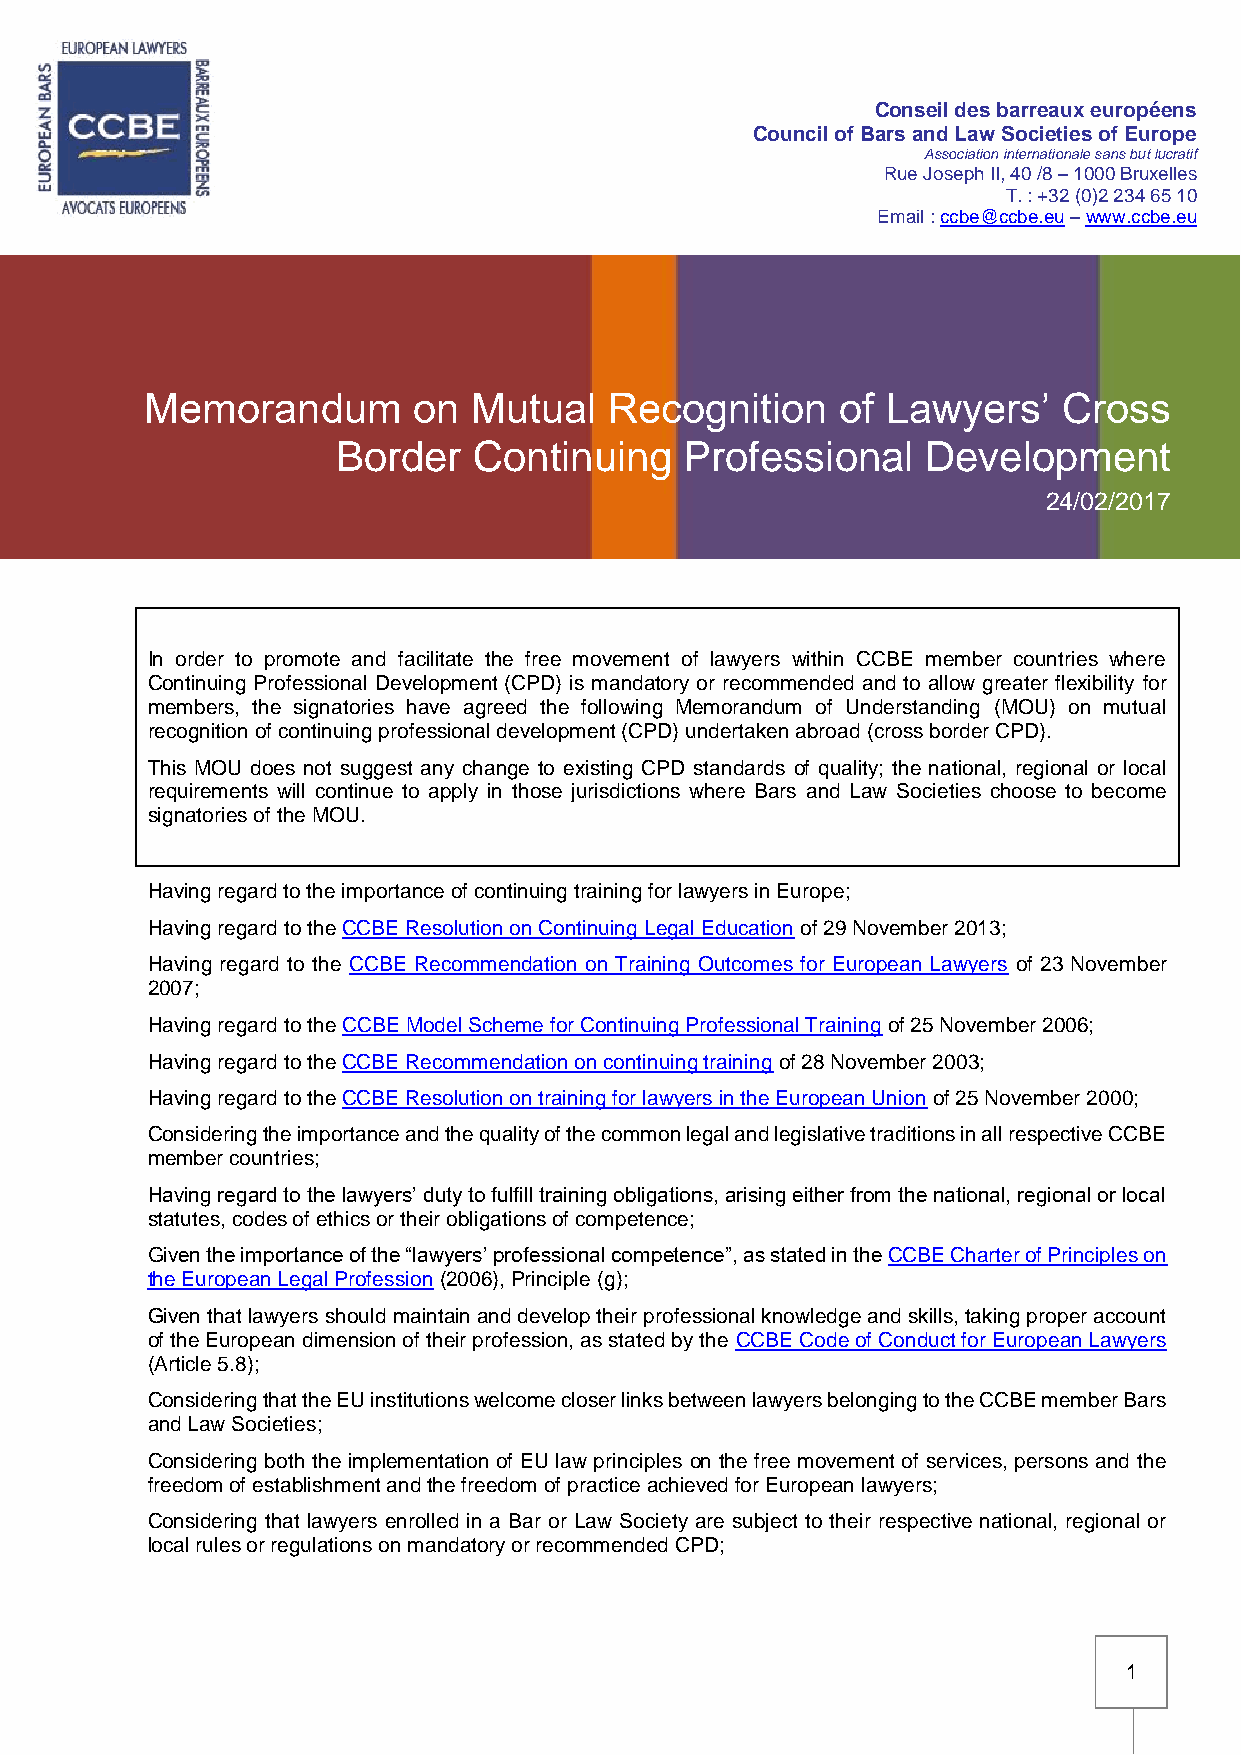
Conseil des barreaux européens
 Council of Bars and Law Societies of Europe
 Association internationale sans but lucratif
 Rue Joseph II, 40 /8 – 1000 Bruxelles
 T. : +32 (0)2 234 65 10
 Email : ccbe@ccbe.eu – www.ccbe.eu
 Memorandum       on  Mutual   Recognition     of Lawyers’   Cross
 Border   Continuing    Professional    Development
 24/02/2017
 In order to promote and facilitate the free movement of lawyers within CCBE member countries where
 Continuing Professional Development (CPD) is mandatory or recommended and to allow greater flexibility for
 members, the signatories have agreed the following Memorandum of Understanding (MOU) on mutual
 recognition of continuing professional development (CPD) undertaken abroad (cross border CPD).
 This MOU does not suggest any change to existing CPD standards of quality; the national, regional or local
 requirements will continue to apply in those jurisdictions where Bars and Law Societies choose to become
 signatories of the MOU.
 Having regard to the importance of continuing training for lawyers in Europe;
 Having regard to the CCBE Resolution on Continuing Legal Education of 29 November 2013;
 Having regard to the CCBE Recommendation on Training Outcomes for European Lawyers of 23 November
 2007;
 Having regard to the CCBE Model Scheme for Continuing Professional Training of 25 November 2006;
 Having regard to the CCBE Recommendation on continuing training of 28 November 2003;
 Having regard to the CCBE Resolution on training for lawyers in the European Union of 25 November 2000;
 Considering the importance and the quality of the common legal and legislative traditions in all respective CCBE
 member countries;
 Having regard to the lawyers’ duty to fulfill training obligations, arising either from the national, regional or local
 statutes, codes of ethics or their obligations of competence;
 Given the importance of the “lawyers’ professional competence”, as stated in the CCBE Charter of Principles on
 the European Legal Profession (2006), Principle (g);
 Given that lawyers should maintain and develop their professional knowledge and skills, taking proper account
 of the European dimension of their profession, as stated by the CCBE Code of Conduct for European Lawyers
 (Article 5.8);
 Considering that the EU institutions welcome closer links between lawyers belonging to the CCBE member Bars
 and Law Societies;
 Considering both the implementation of EU law principles on the free movement of services, persons and the
 freedom of establishment and the freedom of practice achieved for European lawyers;
 Considering that lawyers enrolled in a Bar or Law Society are subject to their respective national, regional or
 local rules or regulations on mandatory or recommended CPD;
 1